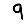
Digit: 9